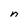
Character: n